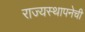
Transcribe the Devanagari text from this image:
राज्यस्थापनेची